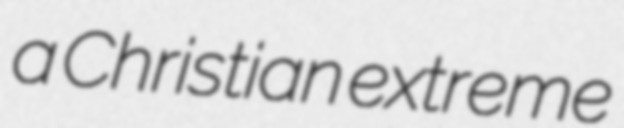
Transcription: a Christian extreme